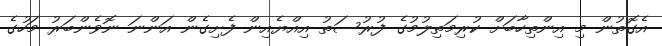
އެގޮތުން މި އިންތިހާބަށް ކުރިމަތިލުމުގެ ފުރުސަތު އިއްޔެއިން ފެށިގެން އަންނަ ނޮވެންބަރު މަހުގެ